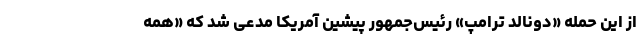
از این حمله «دونالد ترامپ» رئیس‌جمهور پیشین آمریکا مدعی شد که «همه